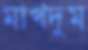
মাখদুম